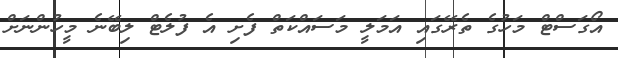
އޯގަސްޓް މަހުގެ ތެރޭގައި އަމަލީ މަސައްކަތް ފެށި އެ ފުލެޓް ލިބޭނެ މީހުންނަށް